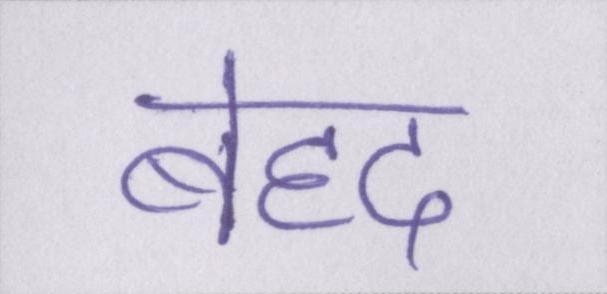
बेहद